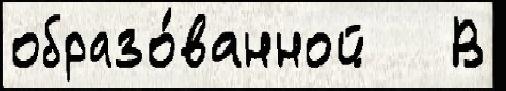
образо́ванной   В